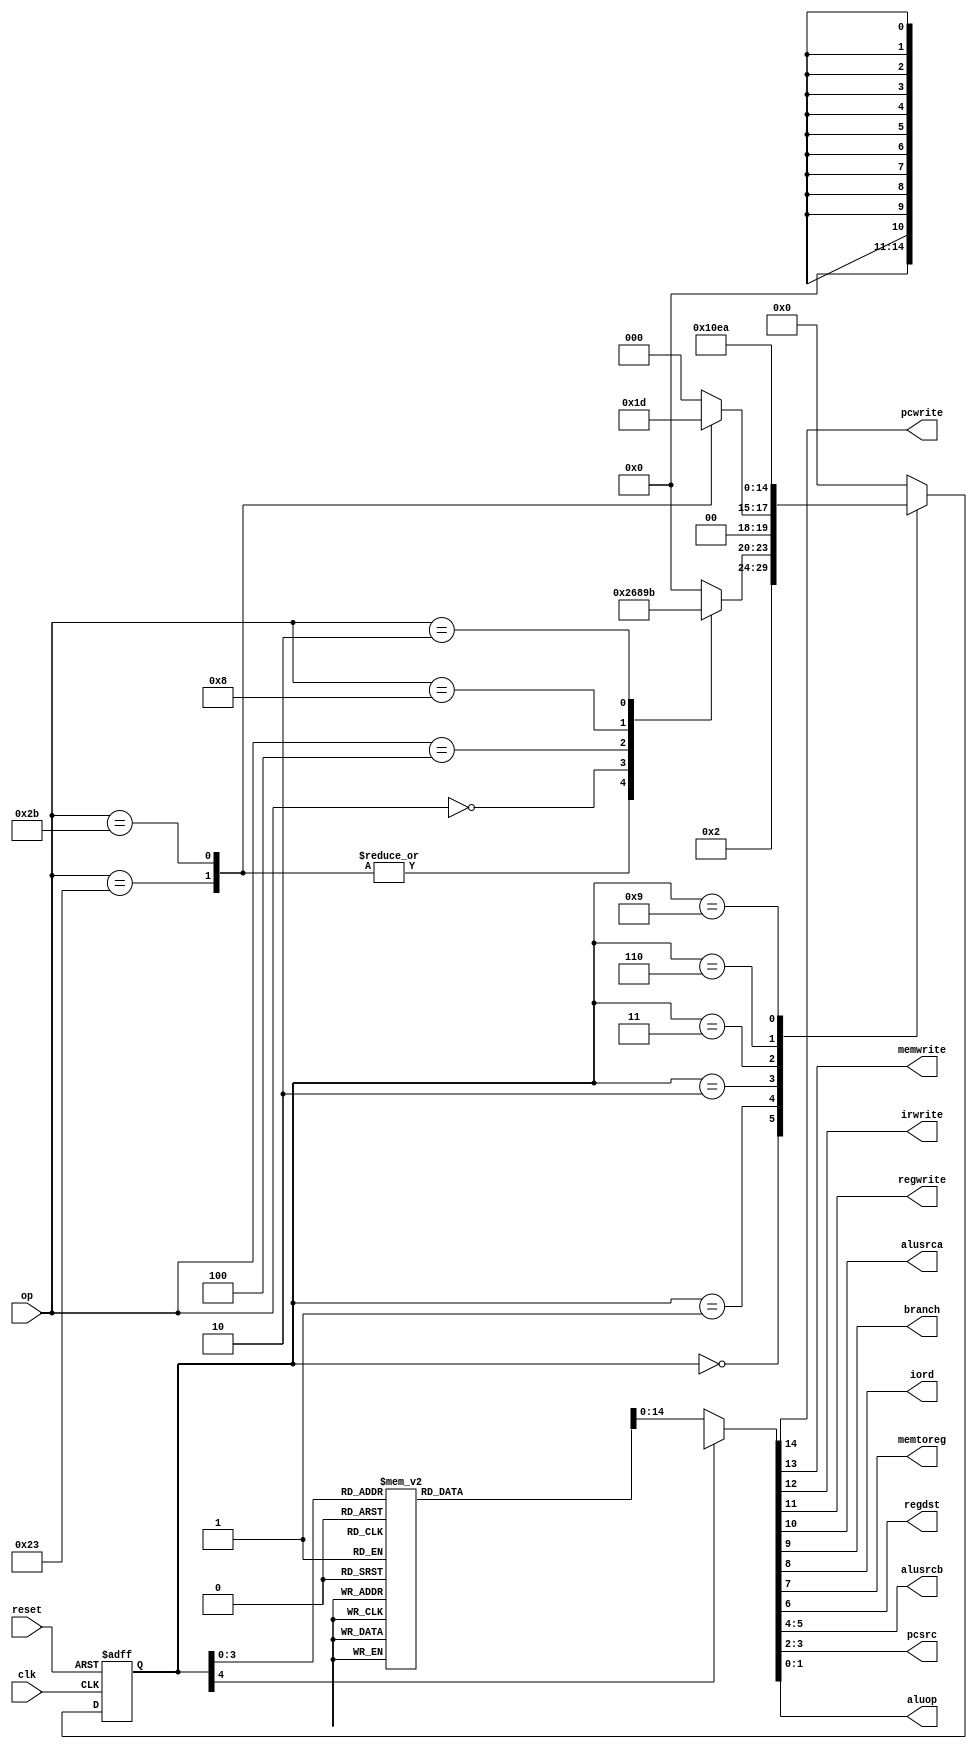
module maindec(input        clk, reset, 
               input  [5:0] op, 
               output       pcwrite, memwrite, irwrite, regwrite,
               output       alusrca, branch, iord, memtoreg, regdst,
               output [1:0] alusrcb, 
					output [1:0] pcsrc,   
               output [1:0] aluop); 
  parameter   FETCH   			= 5'b00000; 
  parameter   DECODE  			= 5'b00001; 
  parameter   MEMADR  			= 5'b00010;	
  parameter   MEMRD   			= 5'b00011;	
  parameter   MEMWB   			= 5'b00100;	
  parameter   MEMWR   			= 5'b00101;	
  parameter   EXECUTE 			= 5'b00110;	
  parameter   ALUWRITEBACK 	= 5'b00111;	
  parameter   BRANCH   			= 5'b01000;	
  parameter   ADDIEXECUTE		= 5'b01001;	
  parameter   ADDIWRITEBACK	= 5'b01010;	
  parameter   JUMP    			= 5'b01011;	
  parameter   LW      = 6'b100011;	
  parameter   SW      = 6'b101011;	
  parameter   RTYPE   = 6'b000000;	
  parameter   BEQ     = 6'b000100;	
  parameter   ADDI    = 6'b001000;	
  parameter   J       = 6'b000010;	
  reg [4:0]  state, nextstate;
  reg [16:0] controls;
  always @(posedge clk or posedge reset)			
    if(reset) state <= FETCH;
    else state <= nextstate;
  always @( * )
    case(state)
      FETCH:   nextstate <= DECODE;
      DECODE:  case(op)
                 LW:      nextstate <= MEMADR;
                 SW:      nextstate <= MEMADR;
                 RTYPE:   nextstate <= EXECUTE;
                 BEQ:     nextstate <= BRANCH;
                 ADDI:    nextstate <= ADDIEXECUTE;
                 J:       nextstate <= JUMP;
                 default: nextstate <= FETCH;  
               endcase
      MEMADR:  case(op)
                 LW:      nextstate <= MEMRD;
                 SW:      nextstate <= MEMWR;
                 default: nextstate <= FETCH; 
               endcase
      MEMRD:   nextstate <= MEMWB;
      MEMWB:   nextstate <= FETCH;
      MEMWR:   nextstate <= FETCH;
      EXECUTE: nextstate <= ALUWRITEBACK;
      ALUWRITEBACK: nextstate <= FETCH;
      BRANCH:   nextstate <= FETCH;
      ADDIEXECUTE:  nextstate <= ADDIWRITEBACK;
      ADDIWRITEBACK:  nextstate <= FETCH;
      JUMP:    nextstate <= FETCH;
      default: nextstate <= FETCH;  
    endcase
  assign {pcwrite, memwrite, irwrite, regwrite, 
          alusrca, branch, iord, memtoreg, regdst, 
          alusrcb, pcsrc, 
			 aluop} = controls;
  always @( * )
    case(state)
      FETCH:          controls <= 19'b1010_00000_0100_00;
      DECODE:         controls <= 19'b0000_00000_1100_00;
      MEMADR:         controls <= 19'b0000_10000_1000_00;
      MEMRD:          controls <= 19'b0000_00100_0000_00;
      MEMWB:          controls <= 19'b0001_00010_0000_00;
      MEMWR:          controls <= 19'b0100_00100_0000_00;
      EXECUTE:        controls <= 19'b0000_10000_0000_10;
      ALUWRITEBACK:   controls <= 19'b0001_00001_0000_00;
      BRANCH:         controls <= 19'b0000_11000_0001_01;
      ADDIEXECUTE:    controls <= 19'b0000_10000_1000_00;
      ADDIWRITEBACK:  controls <= 19'b0001_00000_0000_00;
      JUMP:           controls <= 19'b1000_00000_0010_00;     
      default:        controls <= 19'b0000_xxxxx_xxxx_xx; 
    endcase
endmodule